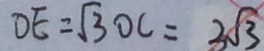
D E = \sqrt { 3 } O C = 3 \sqrt { 3 }